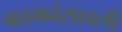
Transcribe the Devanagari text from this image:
बल्लभवंसावली